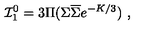
{ \cal I } _ { 1 } ^ { 0 } = 3 \Pi ( \Sigma \overline { { \Sigma } } e ^ { - K / 3 } ) \ ,